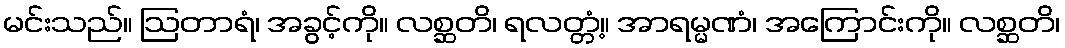
မင်းသည်။ ဩတာရံ၊ အခွင့်ကို။ လစ္ဆတိ၊ ရလတ္တံ့။ အာရမ္မဏံ၊ အကြောင်းကို။ လစ္ဆတိ၊